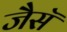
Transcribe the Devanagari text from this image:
जैसॅ